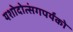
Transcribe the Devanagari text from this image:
यशोदोत्संगपर्यंको